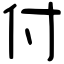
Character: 付